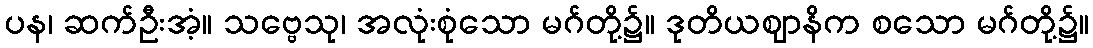
ပန၊ ဆက်ဦးအံ့။ သဗ္ဗေသု၊ အလုံးစုံသော မဂ်တို့၌။ ဒုတိယဈာနိက စသော မဂ်တို့၌။